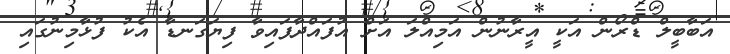
އަބާބީލް ޑްރޯން އަކީ އީރާނުން އަމިއްލަ އަށް އުފައްދާފައިވާ ފިޔަގަނޑާ އެކު ފުޅާމިނުގައި